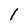
Character: l